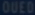
0UQD